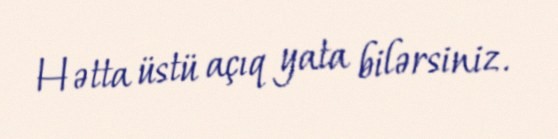
Hətta üstü açıq yata bilərsiniz.